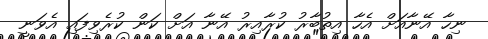
ނިހާ އޭނާއަށް އެހާ އިތުބާރު ކުރާއިރު އޭނާ އަށް ކަން ކުރެވިފައި އެވަނީ